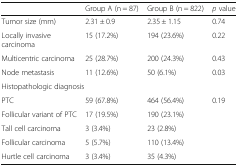
<table><thead><tr><td></td><td><b>Group A (n = 87)</b></td><td><b>Group B (n = 822)</b></td><td><b><i>p</i> value</b></td></tr></thead><tbody><tr><td>Tumor size (mm)</td><td>2.31 ± 0.9</td><td>2.35 ± 1.15</td><td>0.74</td></tr><tr><td>Locally invasive carcinoma</td><td>15 (17.2%)</td><td>194 (23.6%)</td><td>0.22</td></tr><tr><td>Multicentric carcinoma</td><td>25 (28.7%)</td><td>200 (24.3%)</td><td>0.43</td></tr><tr><td>Node metastasis</td><td>11 (12.6%)</td><td>50 (6.1%)</td><td>0.03</td></tr><tr><td colspan="4">Histopathologic diagnosis</td></tr><tr><td>PTC</td><td>59 (67.8%)</td><td>464 (56.4%)</td><td rowspan="5">0.19</td></tr><tr><td>Follicular variant of PTC</td><td>17 (19.5%)</td><td>190 (23.1%)</td></tr><tr><td>Tall cell carcinoma</td><td>3 (3.4%)</td><td>23 (2.8%)</td></tr><tr><td>Follicular carcinoma</td><td>5 (5.7%)</td><td>110 (13.4%)</td></tr><tr><td>Hurtle cell carcinoma</td><td>3 (3.4%)</td><td>35 (4.3%)</td></tr></tbody></table>